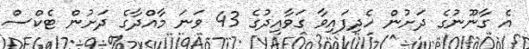
އެ ގާނޫނުގެ ދަށުން ހެދިފައިވާ ގަވާއިދުގެ 43 ވަނަ މާއްދާގެ ދަށުން ޓެކްސް